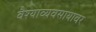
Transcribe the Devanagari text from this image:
वैश्याव्यवसायावर